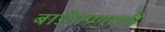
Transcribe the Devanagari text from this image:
बाडेनप्रणाली